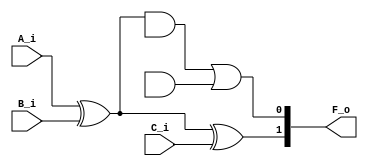
module full_adder_multibit (
    input           A_i,
    input           B_i,
    input           C_i,
    output  [1:0]   F_o
);

    assign  F_o[1] = A_i ^ B_i ^ C_i;
    assign  F_o[0] = ((A_i ^ B_i) & C) | (A & B);

endmodule